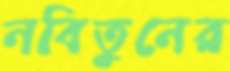
নবিতুনের